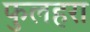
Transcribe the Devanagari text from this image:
फुलहरा